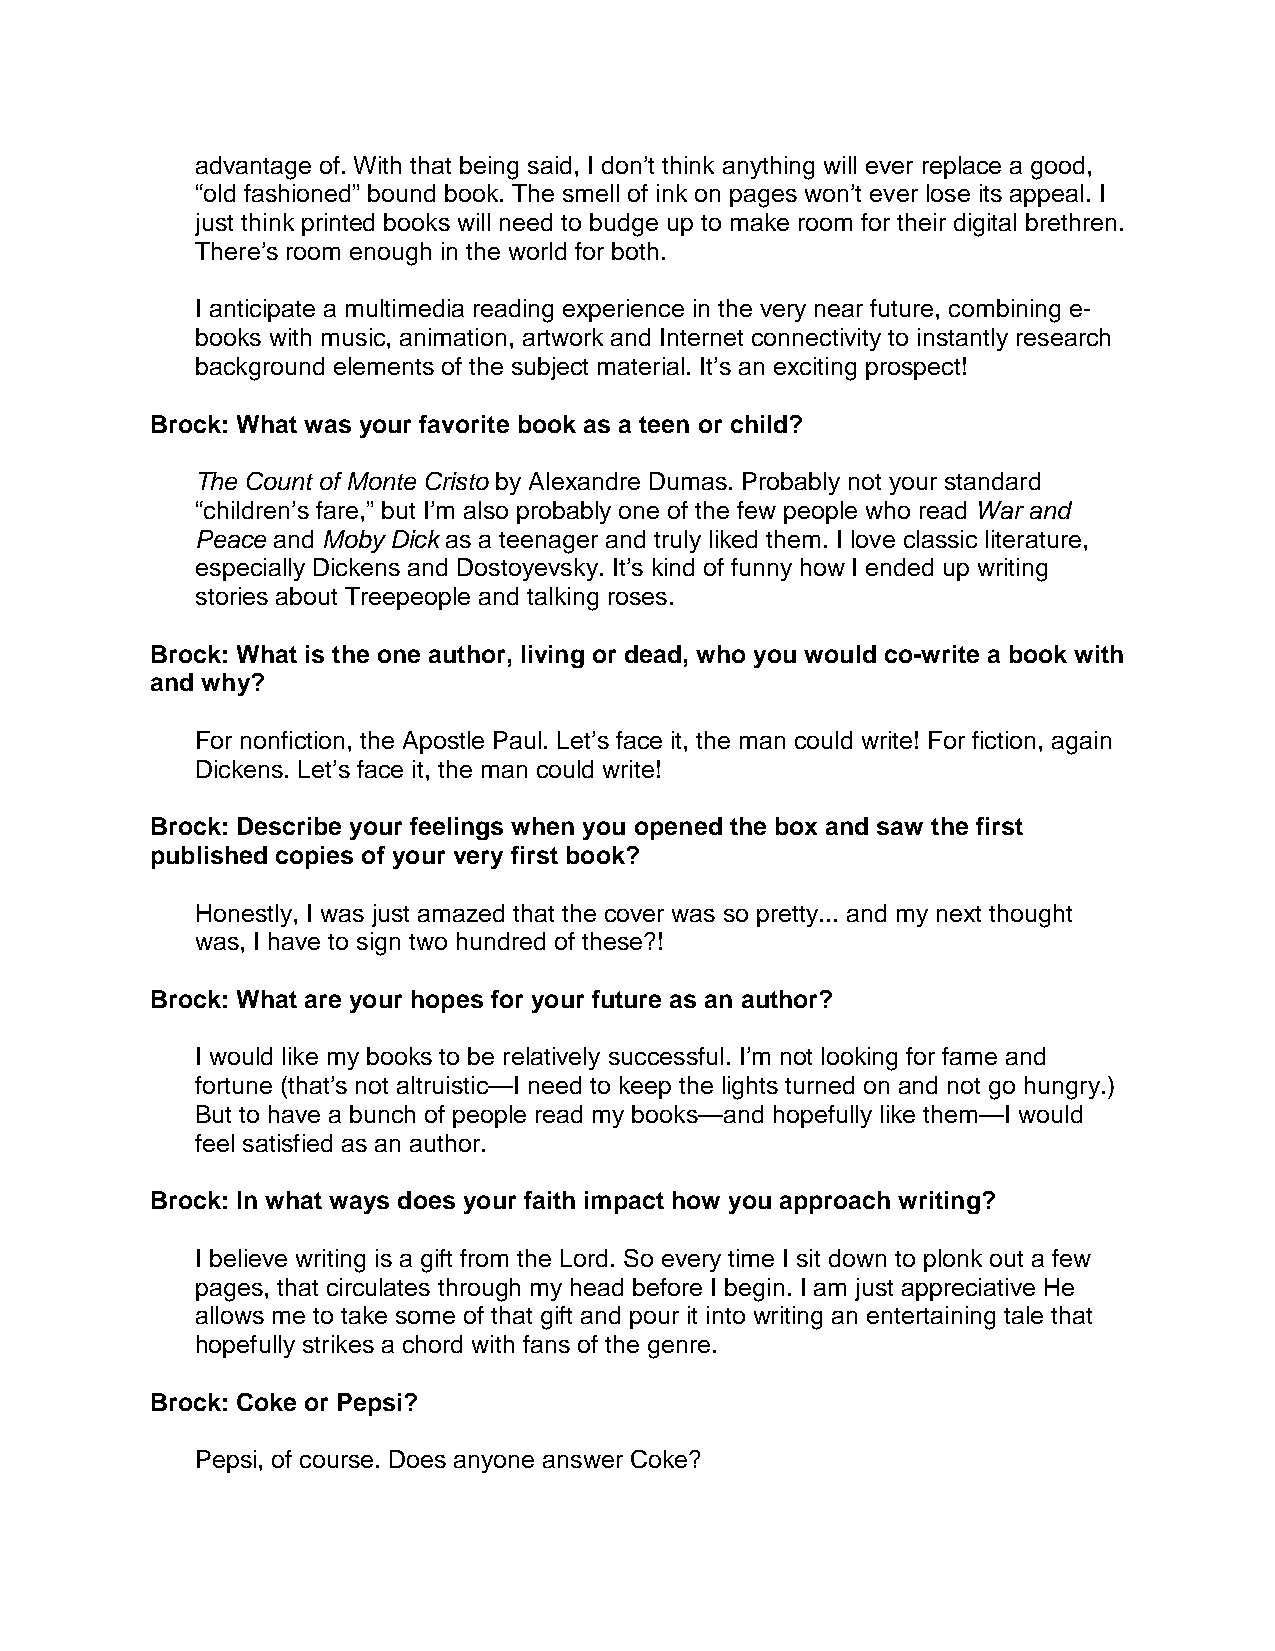
advantage of. With that being said, I don’t think anything will ever replace a good,
 “old fashioned” bound book. The smell of ink on pages won’t ever lose its appeal. I
 just think printed books will need to budge up to make room for their digital brethren.
 There’s room enough in the world for both.
 I anticipate a multimedia reading experience in the very near future, combining e-
 books with music, animation, artwork and Internet connectivity to instantly research
 background elements of the subject material. It’s an exciting prospect!
 Brock: What was your favorite book as a teen or child?
 The Count of Monte Cristo by Alexandre Dumas. Probably not your standard
 “children’s fare,” but I’m also probably one of the few people who read War and
 Peace and Moby Dick as a teenager and truly liked them. I love classic literature,
 especially Dickens and Dostoyevsky. It’s kind of funny how I ended up writing
 stories about Treepeople and talking roses.
 Brock: What is the one author, living or dead, who you would co-write a book with
 and why?
 For nonfiction, the Apostle Paul. Let’s face it, the man could write! For fiction, again
 Dickens. Let’s face it, the man could write!
 Brock: Describe your feelings when you opened the box and saw the first
 published copies of your very first book?
 Honestly, I was just amazed that the cover was so pretty... and my next thought
 was, I have to sign two hundred of these?!
 Brock: What are your hopes for your future as an author?
 I would like my books to be relatively successful. I’m not looking for fame and
 fortune (that’s not altruistic—I need to keep the lights turned on and not go hungry.)
 But to have a bunch of people read my books—and hopefully like them—I would
 feel satisfied as an author.
 Brock: In what ways does your faith impact how you approach writing?
 I believe writing is a gift from the Lord. So every time I sit down to plonk out a few
 pages, that circulates through my head before I begin. I am just appreciative He
 allows me to take some of that gift and pour it into writing an entertaining tale that
 hopefully strikes a chord with fans of the genre.
 Brock: Coke or Pepsi?
 Pepsi, of course. Does anyone answer Coke?